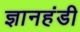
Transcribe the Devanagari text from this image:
ज्ञानहंडी